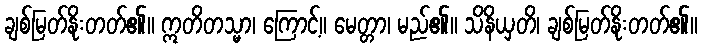
ချစ်မြတ်နိုးတတ်၏။ ဣတိတသ္မာ၊ ကြောင့်။ မေတ္တာ၊ မည်၏။ သိနိယှတိ၊ ချစ်မြတ်နိုးတတ်၏။